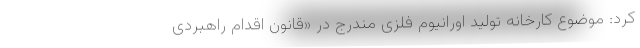
کرد: موضوع کارخانه تولید اورانیوم فلزی مندرج در «قانون اقدام راهبردی